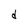
Character: d